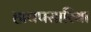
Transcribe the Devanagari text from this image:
हाथपसारिया